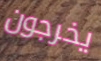
يخرجون